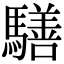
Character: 𩦐